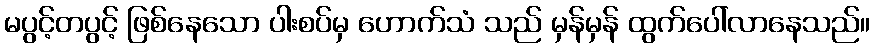
မပွင့်တပွင့် ဖြစ်နေသော ပါးစပ်မှ ဟောက်သံ သည် မှန်မှန် ထွက်ပေါ်လာနေသည်။